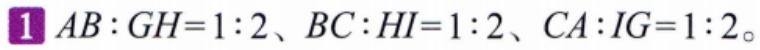
$AB:GH = 1:2、BC:HI = 1:2、CA:IG = 1:2$。